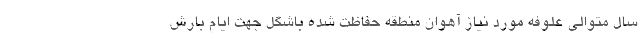
سال متوالی علوفه مورد نیاز آهوان منطقه حفاظت شده باشگل جهت ایام بارش